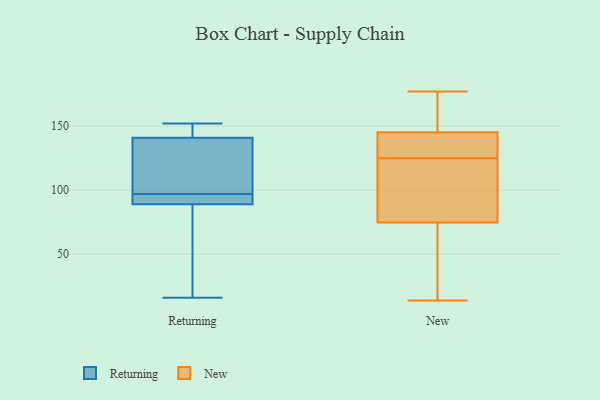
{"axis": {"x": "Page Views", "y": "Value"}, "legend": ["New", "Returning"], "data": [{"x": "", "y": 94, "type": "Returning"}, {"x": "", "y": 93, "type": "Returning"}, {"x": "", "y": 89, "type": "Returning"}, {"x": "", "y": 150, "type": "Returning"}, {"x": "", "y": 120, "type": "Returning"}, {"x": "", "y": 100, "type": "Returning"}, {"x": "", "y": 152, "type": "Returning"}, {"x": "", "y": 141, "type": "Returning"}, {"x": "", "y": 84, "type": "Returning"}, {"x": "", "y": 16, "type": "Returning"}, {"x": "", "y": 138, "type": "New"}, {"x": "", "y": 125, "type": "New"}, {"x": "", "y": 113, "type": "New"}, {"x": "", "y": 21, "type": "New"}, {"x": "", "y": 14, "type": "New"}, {"x": "", "y": 151, "type": "New"}, {"x": "", "y": 115, "type": "New"}, {"x": "", "y": 18, "type": "New"}, {"x": "", "y": 149, "type": "New"}, {"x": "", "y": 161, "type": "New"}, {"x": "", "y": 128, "type": "New"}, {"x": "", "y": 47, "type": "New"}, {"x": "", "y": 84, "type": "New"}, {"x": "", "y": 144, "type": "New"}, {"x": "", "y": 110, "type": "New"}, {"x": "", "y": 131, "type": "New"}, {"x": "", "y": 177, "type": "New"}]}